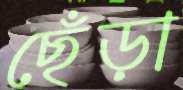
ছেঁড়া